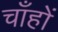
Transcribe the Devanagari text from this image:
चाँहों